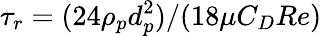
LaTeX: \tau_{r}=(24\rho_{p}d_{p}^{2})/(18\mu C_{D}Re)